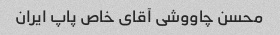
محسن چاووشی آقای خاص پاپ ایران